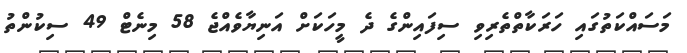
މަސައްކަތުގައި ހަރަކާތްތެރިވި ސިފައިންގެ ދެ މީހަކަށް އަނިޔާވެއްޖެ 58 މިނެޓް 49 ސިކުންތު